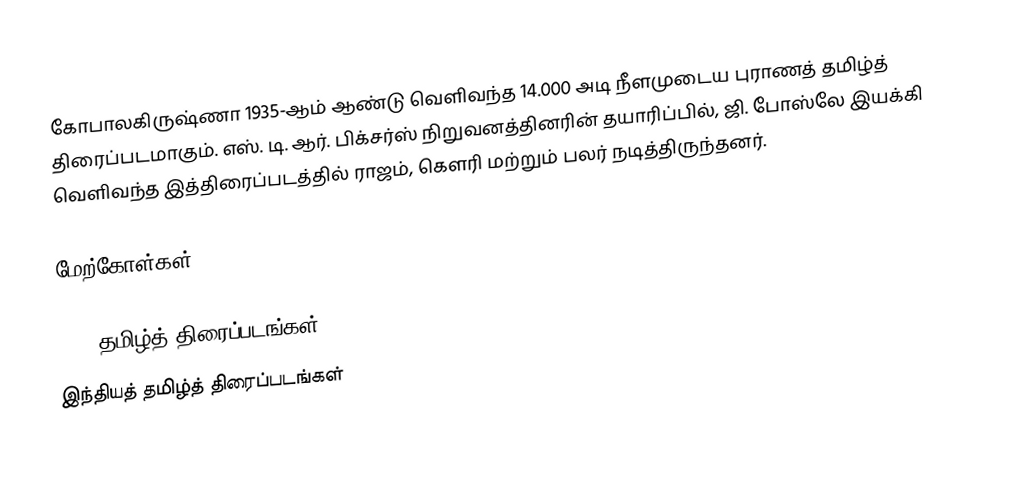
கோபாலகிருஷ்ணா 1935-ஆம் ஆண்டு வெளிவந்த 14.000 அடி நீளமுடைய புராணத் தமிழ்த் திரைப்படமாகும். எஸ். டி. ஆர். பிக்சர்ஸ் நிறுவனத்தினரின் தயாரிப்பில், ஜி. போஸ்லே இயக்கி வெளிவந்த இத்திரைப்படத்தில் ராஜம், கௌரி மற்றும் பலர் நடித்திருந்தனர்.

மேற்கோள்கள்

1935 தமிழ்த் திரைப்படங்கள்
இந்தியத் தமிழ்த் திரைப்படங்கள்